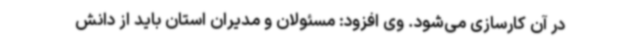
در آن کارسازی می‌شود. وی افزود: مسئولان و مدیران استان باید از دانش